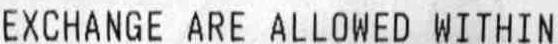
EXCHANGE ARE ALLOWED WITHIN